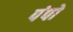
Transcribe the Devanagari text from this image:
पंपो